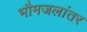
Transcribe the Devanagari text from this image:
भौमजलांतर